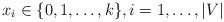
LaTeX: \begin{align*}x_i \in \{0, 1, \ldots ,k\} ,i = 1, \ldots ,|V|\end{align*}